Lunatic asylums Central Provinces reports 1910-1926 - 1910-1926
Year: 1910
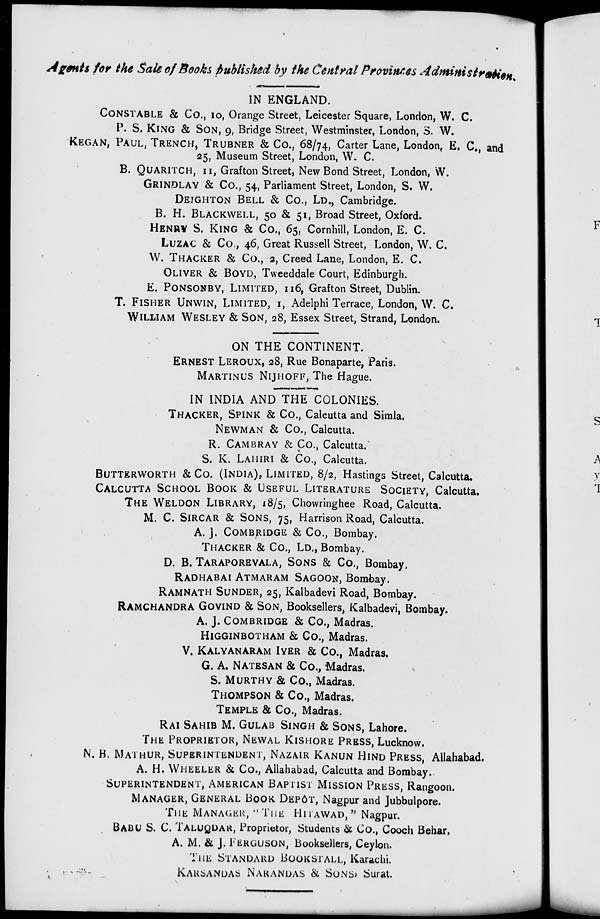
Agents for the Sale of Books published by the Central Provinces Administration.
IN ENGLAND.
CONSTABLE & Co., 10, Orange Street, Leicester Square, London, W. C.
P. S. KING & SON, 9, Bridge Street, Westminster, London, S. W.
KEGAN, PAUL, TRENCH, TRUBNER & Co., 68/74, Carter Lane, London, E. C., and
25, Museum Street, London, W. C.
B. QUARITCH, 11, Grafton Street, New Bond Street, London, W.
GRINDLAY & Co., 54, Parliament Street, London, S. W.
DEIGHTON BELL & Co., LD., Cambridge.
B. H. BLACKWELL, 50 & 51, Broad Street, Oxford.
HENRY S. KING & Co., 65, Cornhill, London, E. C.
LUZAC & Co., 46, Great Russell Street, London, W. C.
W. THACKER & Co., 2, Creed Lane, London, E. C.
OLIVER & BOYD, Tweeddale Court, Edinburgh.
E. PONSONBY, LIMITED, 116, Grafton Street, Dublin.
T. FISHER UNWIN, LIMITED, 1, Adelphi Terrace, London, W. C.
WILLIAM WESLEY & SON, 28, Essex Street, Strand, London.
ON THE CONTINENT.
ERNEST LEROUX, 28, Rue Bonaparte, Paris.
MARTINUS NIJHOFF, The Hague.
IN INDIA AND THE COLONIES.
THACKER, SPINK & Co., Calcutta and Simla.
NEWMAN & Co., Calcutta.
R. CAMBRAY & Co., Calcutta.
S. K. LAHIRI & Co., Calcutta.
BUTTERWORTH & Co. (INDIA), LIMITED, 8/2, Hastings Street, Calcutta.
CALCUTTA SCHOOL BOOK & USEFUL LITERATURE SOCIETY, Calcutta.
THE WELDON LIBRARY, 18/5, Chowringhee Road, Calcutta.
M. C. SIRCAR & SONS, 75, Harrison Road, Calcutta.
A. J. COMBRIDGE & Co., Bombay.
THACKER & Co., LD., Bombay.
D. B. TARAPOREVALA, SONS & Co., Bombay.
RADHABAI ATMARAM SAGOON, Bombay.
RAMNATH SUNDER, 25, Kalbadevi Road, Bombay.
RAMCHANDRA GOVIND & SON, Booksellers, Kalbadevi, Bombay.
A. J. COMBRIDGE & Co., Madras.
HIGGINBOTHAM & Co., Madras.
V. KALYANARAM IYER & Co., Madras.
G. A. NATESAN & Co., Madras.
S. MURTHY & Co., Madras.
THOMPSON & Co., Madras.
TEMPLE & Co., Madras.
RAI SAHIB M. GULAB SINGH & SONS, Lahore.
THE PROPRIETOR, NEWAL KISHORE PRESS, Lucknow.
N. B. MATHUR, SUPERINTENDENT, NAZAIR KANUN HIND PRESS, Allahabad.
A. H. WHEELER & Co., Allahabad, Calcutta and Bombay.
SUPERINTENDENT, AMERICAN BAPTIST MISSION PRESS, Rangoon.
MANAGER, GENERAL BOOK DEPOT, Nagpur and Jubbulpore.
THE MANAGER, " THE HITAWAD, " Nagpur.
BABU S. C. TALUQDAR, Proprietor, Students & Co., Cooch Behar,
A. M. & J. FERGUSON, Booksellers, Ceylon.
THE STANDARD BOOKSTALL, Karachi.
KARSANDAS NARANDAS & SONS, Surat.